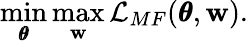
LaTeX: \operatorname*{min}_{\pmb{\theta}}\operatorname*{max}_{\mathbf{w}}\mathcal{L}_{MF}(\pmb{\theta},\mathbf{w}).